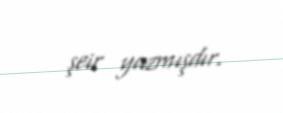
şeir yazmışdır.